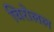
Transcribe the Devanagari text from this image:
चिरोलल